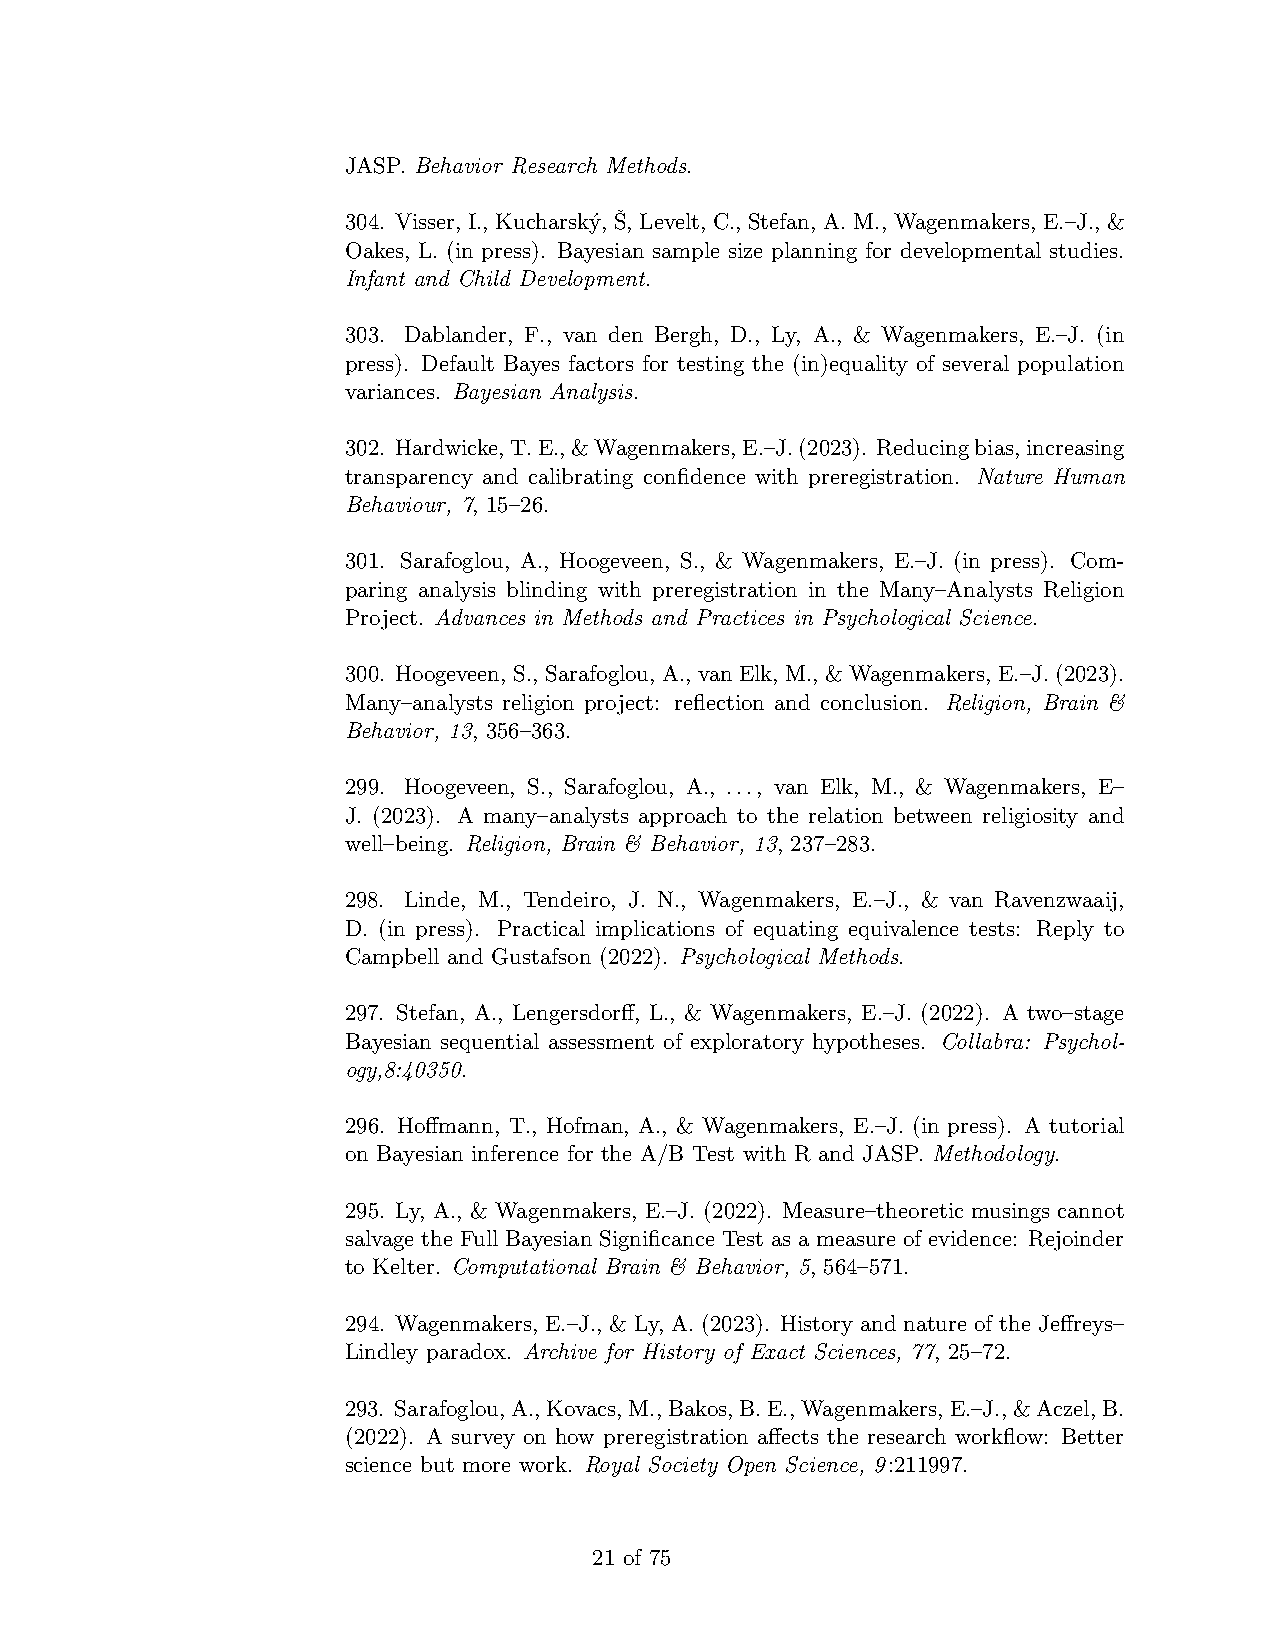
JASP. Behavior Research Methods.
 304. Visser, I., Kucharsky´, Sˇ, Levelt, C., Stefan, A. M., Wagenmakers, E.–J., &
 Oakes, L. (in press). Bayesian sample size planning for developmental studies.
 Infant and Child Development.
 303. Dablander, F., van den Bergh, D., Ly, A., & Wagenmakers, E.–J. (in
 press). Default Bayes factors for testing the (in)equality of several population
 variances. Bayesian Analysis.
 302. Hardwicke,T.E.,&Wagenmakers,E.–J.(2023). Reducingbias,increasing
 transparency and calibrating confidence with preregistration. Nature Human
 Behaviour, 7, 15–26.
 301. Sarafoglou, A., Hoogeveen, S., & Wagenmakers, E.–J. (in press). Com-
 paring analysis blinding with preregistration in the Many–Analysts Religion
 Project. Advances in Methods and Practices in Psychological Science.
 300. Hoogeveen, S., Sarafoglou, A., vanElk, M., &Wagenmakers, E.–J.(2023).
 Many–analysts religion project: reflection and conclusion. Religion, Brain &
 Behavior, 13, 356–363.
 299. Hoogeveen, S., Sarafoglou, A., ..., van Elk, M., & Wagenmakers, E–
 J. (2023). A many–analysts approach to the relation between religiosity and
 well–being. Religion, Brain & Behavior, 13, 237–283.
 298. Linde, M., Tendeiro, J. N., Wagenmakers, E.–J., & van Ravenzwaaij,
 D. (in press). Practical implications of equating equivalence tests: Reply to
 Campbell and Gustafson (2022). Psychological Methods.
 297. Stefan, A., Lengersdorff, L., & Wagenmakers, E.–J. (2022). A two–stage
 Bayesian sequential assessment of exploratory hypotheses. Collabra: Psychol-
 ogy,8:40350.
 296. Hoffmann, T., Hofman, A., & Wagenmakers, E.–J. (in press). A tutorial
 on Bayesian inference for the A/B Test with R and JASP. Methodology.
 295. Ly, A., & Wagenmakers, E.–J. (2022). Measure–theoretic musings cannot
 salvage the Full Bayesian Significance Test as a measure of evidence: Rejoinder
 to Kelter. Computational Brain & Behavior, 5, 564–571.
 294. Wagenmakers, E.–J., & Ly, A. (2023). History and nature of the Jeffreys–
 Lindley paradox. Archive for History of Exact Sciences, 77, 25–72.
 293. Sarafoglou,A.,Kovacs,M.,Bakos,B.E.,Wagenmakers,E.–J.,&Aczel,B.
 (2022). A survey on how preregistration affects the research workflow: Better
 science but more work. Royal Society Open Science, 9:211997.
 21 of 75